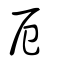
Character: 𢨪